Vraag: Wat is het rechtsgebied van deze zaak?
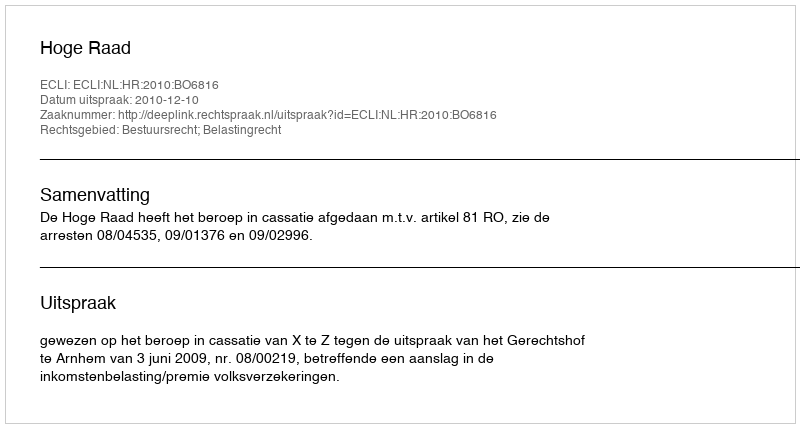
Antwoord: Bestuursrecht; Belastingrecht